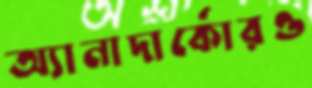
অ্যানাদার্কোরও